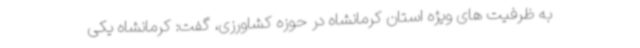
به ظرفیت های ویژه استان کرمانشاه در حوزه کشاورزی، گفت: کرمانشاه یکی